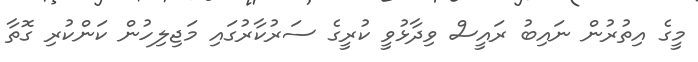
މީގެ އިތުރުން ނައިބު ރައީސް ވިދާޅުވީ ކުރީގެ ސަރުކާރުގައި މަޖިލިހުން ކަންކުރި ގޮތާ